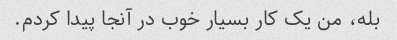
بله، من یک کار بسیار خوب در آنجا پیدا کردم.